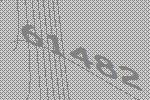
61482